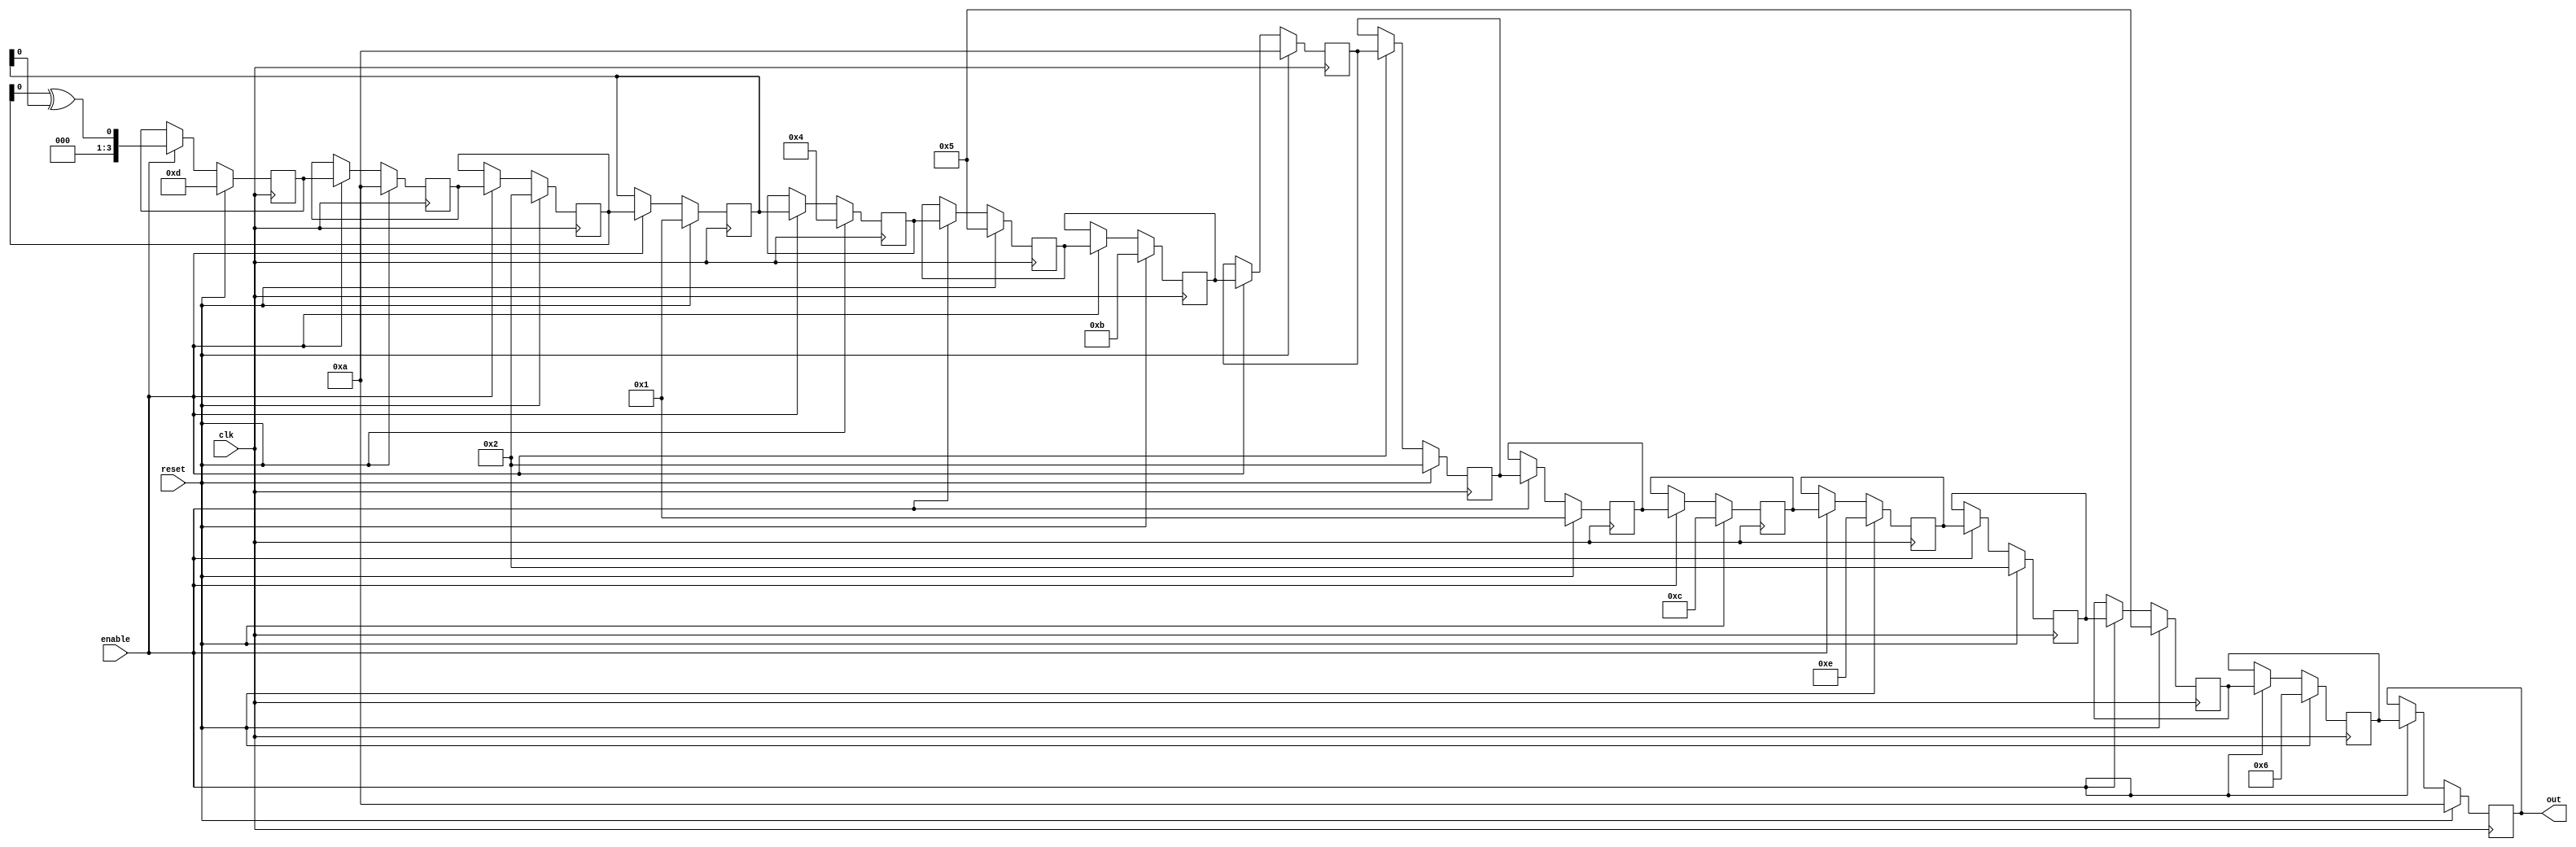
module lfsr_16(out,enable,clk,reset);

output [3:0] out;
reg [3:0] d0,d1,d2,d3,d4,d5,d6,d7,d8,d9,d10,d11,d12,d13,d14,d15;
integer i;

assign out=d15;
assign out1=d5;//viewing an intermediate state 

input enable, clk, reset;
wire feedback;

assign feedback =d2^d3;

always @(posedge clk)
if (reset) 
begin 

  d0 <= 4'hD;//initialising d0 of the LFSR  with 4 bit value
  d1 <= 4'hA;
  d2 <= 4'h2;
  d3 <= 4'h1;
  d4 <= 4'h4;
  d5 <= 4'h5;
  d6 <= 4'hB;
  d7 <= 4'hA;
  d8 <= 4'h2;
  d9 <= 4'h1; 
  d10 <= 4'hC;
  d11 <= 4'hE;
  d12 <= 4'h2;
  d13 <= 4'h5;
  d14 <= 4'h6;
  d15 <= 4'hA;
 
end

else if (enable)
begin
  d15<=d14;
  d14<=d13;
  d13<=d12;
  d12<=d11;
  d11<=d10;
  d10<=d9;
  d9<=d8;
  d8<=d7;
  d7<=d6;
  d6<=d5;
  d5<=d4;
  d4<=d3;  
  d3<=d2;
  d2<=d1;
  d1<=d0;
  d0<=feedback; 
end

endmodule